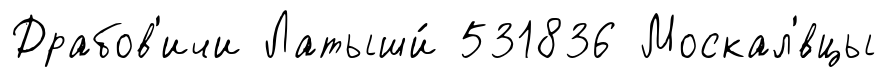
Драбов'ичи Латыши́ 531836 Москал'́вцы